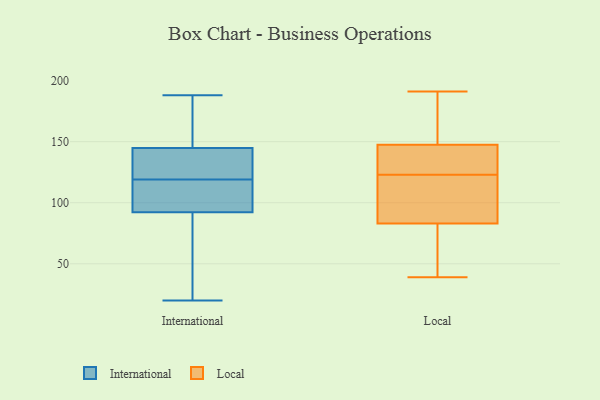
{"axis": {"x": "Production Output", "y": "Value"}, "legend": ["International", "Local"], "data": [{"x": "", "y": 33, "type": "International"}, {"x": "", "y": 94, "type": "International"}, {"x": "", "y": 121, "type": "International"}, {"x": "", "y": 147, "type": "International"}, {"x": "", "y": 119, "type": "International"}, {"x": "", "y": 20, "type": "International"}, {"x": "", "y": 125, "type": "International"}, {"x": "", "y": 62, "type": "International"}, {"x": "", "y": 93, "type": "International"}, {"x": "", "y": 188, "type": "International"}, {"x": "", "y": 92, "type": "International"}, {"x": "", "y": 186, "type": "International"}, {"x": "", "y": 186, "type": "International"}, {"x": "", "y": 138, "type": "International"}, {"x": "", "y": 96, "type": "International"}, {"x": "", "y": 80, "type": "Local"}, {"x": "", "y": 164, "type": "Local"}, {"x": "", "y": 171, "type": "Local"}, {"x": "", "y": 39, "type": "Local"}, {"x": "", "y": 123, "type": "Local"}, {"x": "", "y": 84, "type": "Local"}, {"x": "", "y": 56, "type": "Local"}, {"x": "", "y": 171, "type": "Local"}, {"x": "", "y": 130, "type": "Local"}, {"x": "", "y": 100, "type": "Local"}, {"x": "", "y": 110, "type": "Local"}, {"x": "", "y": 191, "type": "Local"}, {"x": "", "y": 142, "type": "Local"}, {"x": "", "y": 131, "type": "Local"}, {"x": "", "y": 129, "type": "Local"}, {"x": "", "y": 74, "type": "Local"}, {"x": "", "y": 99, "type": "Local"}]}